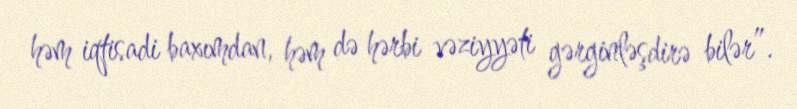
həm iqtisadi baxımdan, həm də hərbi vəziyyəti gərginləşdirə bilər”.